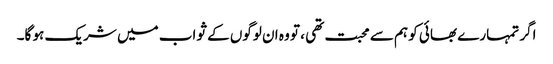
اگر تمہارے بھائی کو ہم سے محبت تھی ، تو وہ ان لوگوں کے ثواب میں شریک ہو گا۔